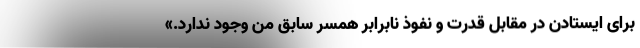
برای ایستادن در مقابل قدرت و نفوذ نابرابر همسر سابق من وجود ندارد.»